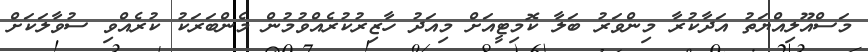
މަސްއޫލިއްޔަތު އަދާކުރާ މިންވަރު ބަލާ ކޮމިޓީއަށް މިއަދު ހާޒިރުކުރެއްވުމުން މެންބަރަކު ކުރެއްވި ސުވާލަކަށް